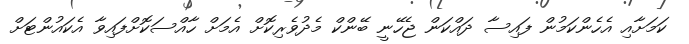
ކަމަށާއި އެހެންކަމުން ފައިސާ ދައްކަން ޖެހޭނީ ބޭންކް މެދުވެރިކޮށް އެމަށް ހާއްސަކޮށްފައިވާ އެކައުންޓަށް